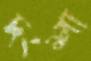
দংশা